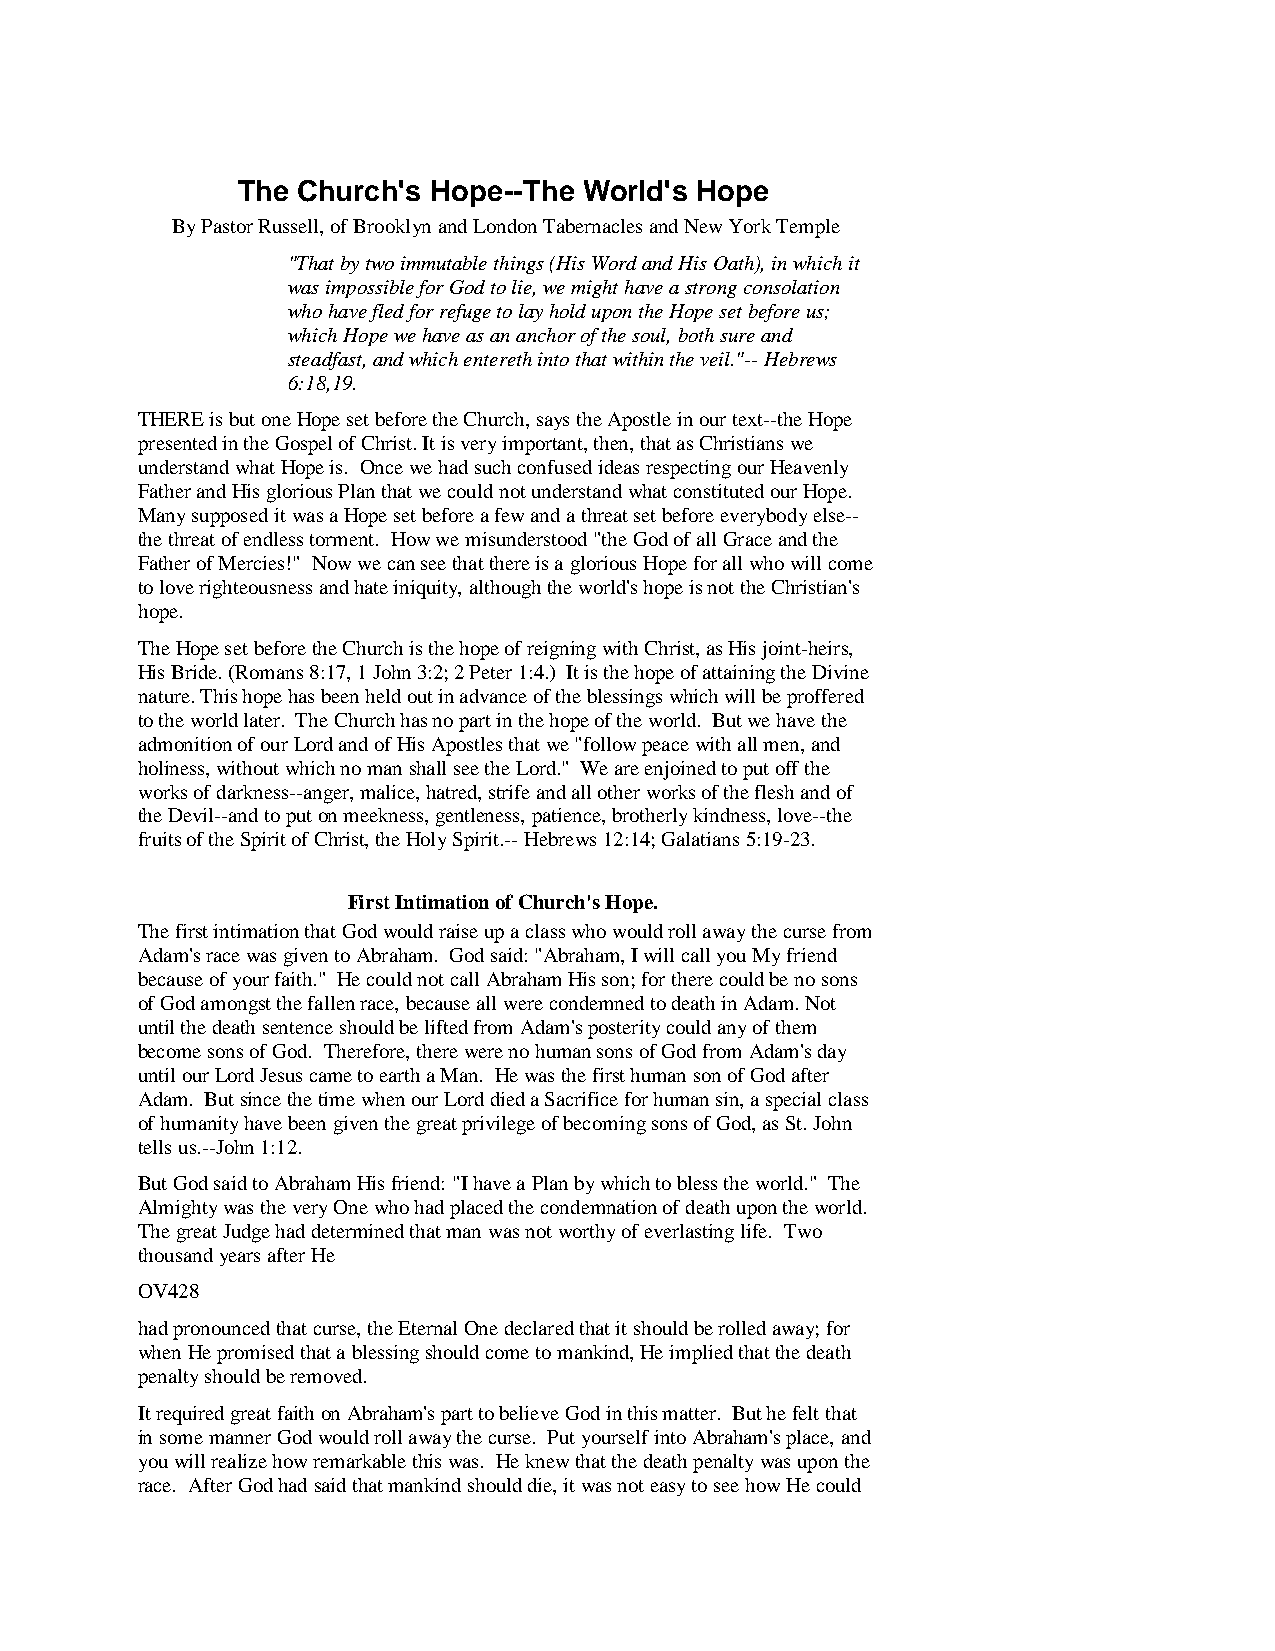
The Church's Hope--The World's Hope
 By Pastor Russell, of Brooklyn and London Tabernacles and New York Temple
 "That by two immutable things (His Word and His Oath), in which it
 was impossible for God to lie, we might have a strong consolation
 who have fled for refuge to lay hold upon the Hope set before us;
 which Hope we have as an anchor of the soul, both sure and
 steadfast, and which entereth into that within the veil."-- Hebrews
 6:18,19.
 THERE is but one Hope set before the Church, says the Apostle in our text--the Hope
 presented in the Gospel of Christ. It is very important, then, that as Christians we
 understand what Hope is. Once we had such confused ideas respecting our Heavenly
 Father and His glorious Plan that we could not understand what constituted our Hope.
 Many supposed it was a Hope set before a few and a threat set before everybody else--
 the threat of endless torment. How we misunderstood "the God of all Grace and the
 Father of Mercies!" Now we can see that there is a glorious Hope for all who will come
 to love righteousness and hate iniquity, although the world's hope is not the Christian's
 hope.
 The Hope set before the Church is the hope of reigning with Christ, as His joint-heirs,
 His Bride. (Romans 8:17, 1 John 3:2; 2 Peter 1:4.) It is the hope of attaining the Divine
 nature. This hope has been held out in advance of the blessings which will be proffered
 to the world later. The Church has no part in the hope of the world. But we have the
 admonition of our Lord and of His Apostles that we "follow peace with all men, and
 holiness, without which no man shall see the Lord." We are enjoined to put off the
 works of darkness--anger, malice, hatred, strife and all other works of the flesh and of
 the Devil--and to put on meekness, gentleness, patience, brotherly kindness, love--the
 fruits of the Spirit of Christ, the Holy Spirit.-- Hebrews 12:14; Galatians 5:19-23.
 First Intimation of Church's Hope.
 The first intimation that God would raise up a class who would roll away the curse from
 Adam's race was given to Abraham. God said: "Abraham, I will call you My friend
 because of your faith." He could not call Abraham His son; for there could be no sons
 of God amongst the fallen race, because all were condemned to death in Adam. Not
 until the death sentence should be lifted from Adam's posterity could any of them
 become sons of God. Therefore, there were no human sons of God from Adam's day
 until our Lord Jesus came to earth a Man. He was the first human son of God after
 Adam. But since the time when our Lord died a Sacrifice for human sin, a special class
 of humanity have been given the great privilege of becoming sons of God, as St. John
 tells us.--John 1:12.
 But God said to Abraham His friend: "I have a Plan by which to bless the world." The
 Almighty was the very One who had placed the condemnation of death upon the world.
 The great Judge had determined that man was not worthy of everlasting life. Two
 thousand years after He
 OV428
 had pronounced that curse, the Eternal One declared that it should be rolled away; for
 when He promised that a blessing should come to mankind, He implied that the death
 penalty should be removed.
 It required great faith on Abraham's part to believe God in this matter. But he felt that
 in some manner God would roll away the curse. Put yourself into Abraham's place, and
 you will realize how remarkable this was. He knew that the death penalty was upon the
 race. After God had said that mankind should die, it was not easy to see how He could